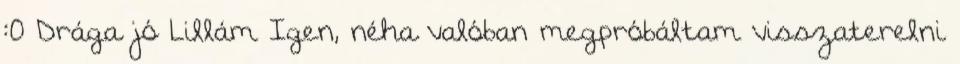
:0 Drága jó Lillám Igen, néha valóban megpróbáltam visszaterelni